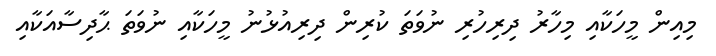
މިއިން މީހަކާއި މިހާރު ދިރިހުރި ނުވަތަ ކުރިން ދިރިއުޅުނު މީހަކާއި ނުވަތަ ޙާދިސާއަކާއި